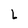
Character: L